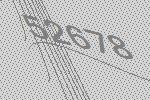
52678